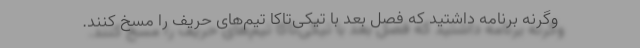
وگرنه برنامه داشتید که فصل بعد با تیکی‌تاکا تیم‌های حریف را مسخ کنند.